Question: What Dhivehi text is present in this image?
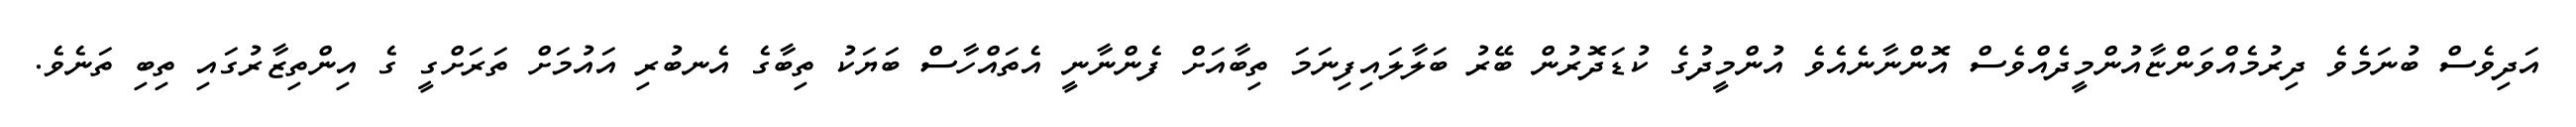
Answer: އަދިވެސް ބުނަމެވެ ދިރުމެއްވަންޏާއުންމީދެއްވެސް އޮންނާނެއެވެ އުންމީދުގެ ކުޑަދޮރުން ބޭރު ބަލާލައިފިނަމަ ތިބާއަށް ފެންނާނީ އެތައްހާސް ބަޔަކު ތިބާގެ އެނބުރި އައުމަށް ތަރަށްގީ ގެ އިންތިޒާރުގައި ތިބި ތަނެވެ.